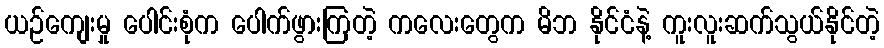
ယဉ်ကျေးမှု ပေါင်းစုံက ပေါက်ဖွားကြတဲ့ ကလေးတွေက မိဘ နိုင်ငံနဲ့ ကူးလူးဆက်သွယ်နိုင်တဲ့